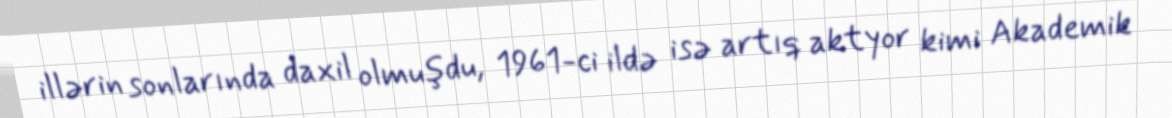
illərin sonlarında daxil olmuşdu, 1961-ci ildə isə artıq aktyor kimi Akademik